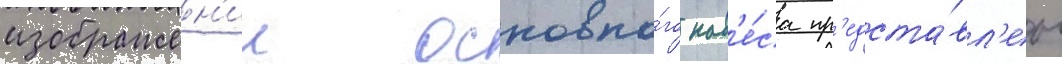
изображен'ии основно́го нав'е́са пр'едста́вл'ен